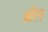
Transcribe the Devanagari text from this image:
ब्रील